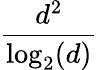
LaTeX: \frac{d^{2}}{\log_{2}(d)}